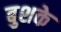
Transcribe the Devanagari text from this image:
बुशके